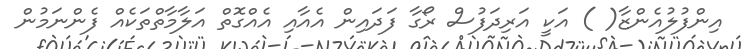
އިންފުލުއެންޒާ( ) އަކީ އަރިދަފުސް ރޯގާ ފަދައިން އެއާއި އެއްގޮތް އަލާމާތްތަކެއް ފެންނަމުން